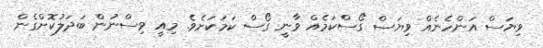
ވިޔަސް އަންހެނެއް ވިޔަސް ގޯސްކަމެއް ވާނީ ގޯސް ކަމަކަށެވެ. މިއީ ވިސްނުން ބަދަލުކޮށްގެން